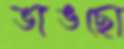
ভাঙছো